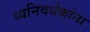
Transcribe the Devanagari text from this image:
ध्वनिवर्धकांना